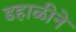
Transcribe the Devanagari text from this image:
डहाळीने